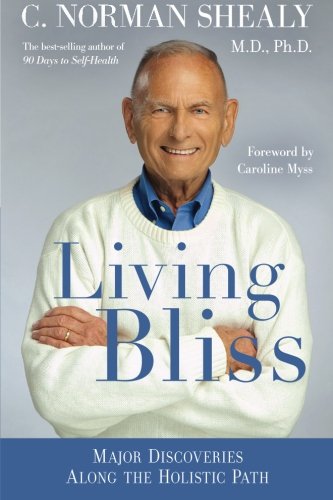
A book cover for Living Bliss: Major Discoveries Along the Holistic Path; MD  PhD C. Norman Shealy; Health, Fitness & Dieting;